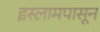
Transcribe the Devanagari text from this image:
इस्लामपासून